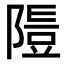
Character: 𨻭